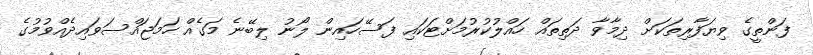
ފަންތީގެ ވިޔަފާރިތަކަށް ދިމާވާ ދަތިތައް ހައްލުކުރުމަށްޓަކައި ފަސޭހައިން ލޯނު ލިބޭނެ މަގެއް ހަމަޖައްސަވައިދެއްވުމުގެ